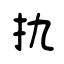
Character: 扏